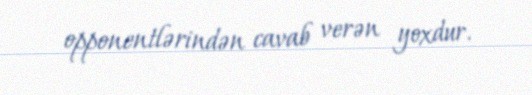
opponentlərindən cavab verən yoxdur.